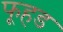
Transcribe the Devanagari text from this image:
फूहड